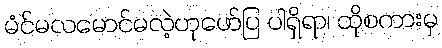
မံင်မလမောင်မလဲ့ဟုဖော်ပြ ပါရှိရာ၊ ထိုစကားမှ